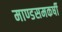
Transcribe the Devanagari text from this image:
माण्डसमकर्षी